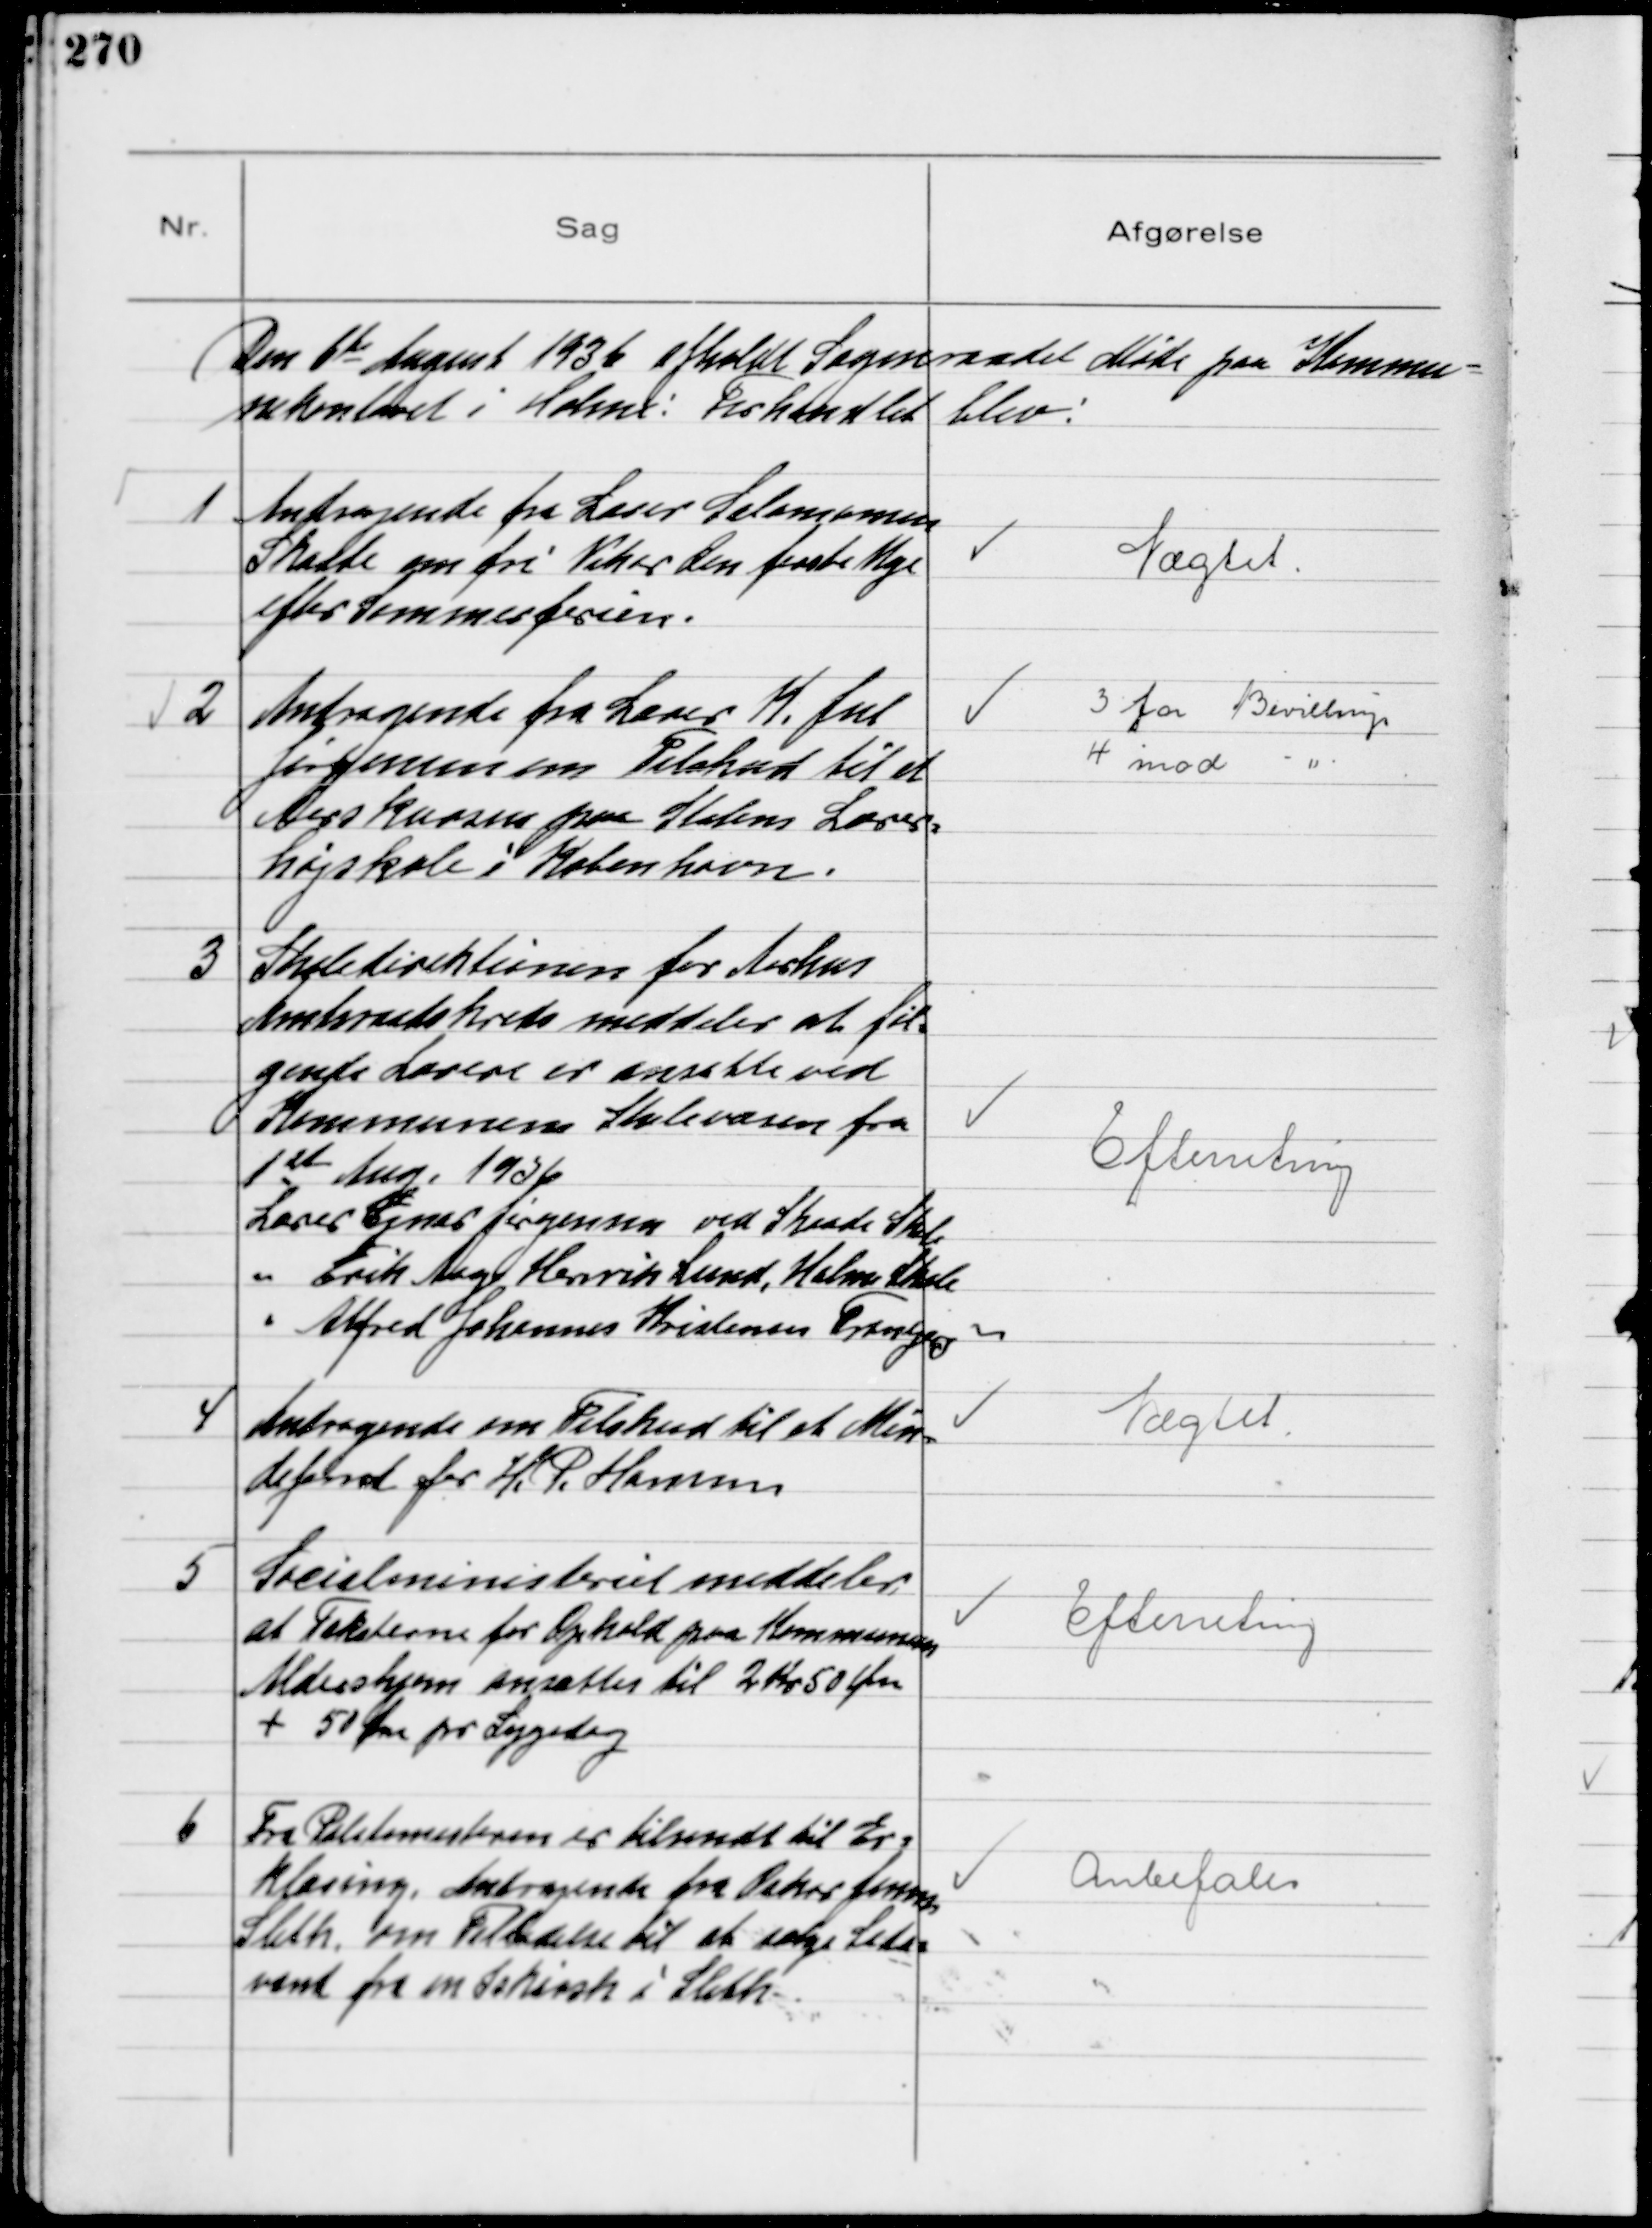
Transskription:
Den 6de August 1936 afholdt Sogneraadet Møde paa Kommu-
nekontoret i Holme: Forhandlet blev:

1
Andragende fra Lærer Salomonsen
Skaade om fri Vikar den første Uge
efter Sommerferien.

Nægtet

2
Andragende fra Lærer K. Jul
Jørgensen om Tilskud til et
Aarskursus paa Statens Lærer-
højskole i København.

3 for Bevilling
4 imod "

3
Skoledirektionen for Aarhus
Amtsraadskreds meddeler at føl-
gende Lærere er ansatte ved
Kommunens Skolevæsen fra
1st Aug, 1936
Lærer Ejner Jørgensen ved Skaade Skole
"  Erik Aage Henrik Lund, Holme Skole
"  Alfred Johannes Kristensen Tranbjerg

Efterretning

4
Andragende om Tilskud til et Min-
defond for H. P. Hansen

Nægtet

5
Socialministeriet meddeler
at Taksterne for Ophold paa Kommunens
Aldershjem ansættes til 2 Kr 50 Øre
+ 50 Øre pr Sygedag

Efterretning

6
Fra Politimesteren er tilsendt til Er-
klæring Andragende fra Oskar Jensen
Sleth, om Tilladelse til at sælge Soda-
vand fra en Iskiosk i Sleth.

Anbefales